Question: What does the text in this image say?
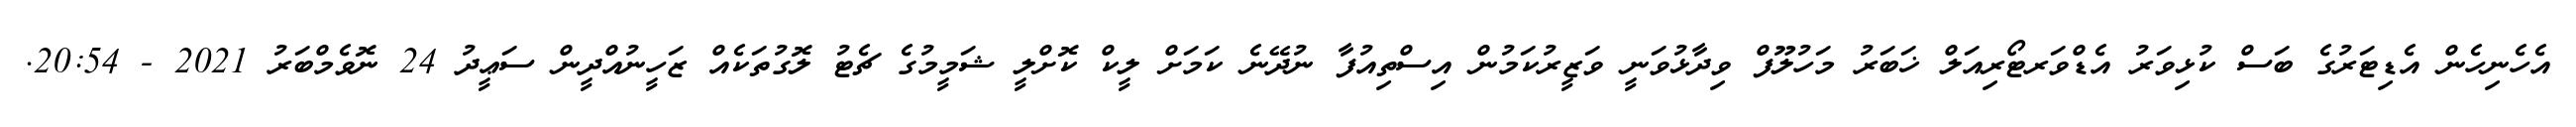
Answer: އެހެނިހެން އެޑިޓަރުގެ ބަސް ކުޅިވަރު އެޑްވަރޓޯރިއަލް ޚަބަރު މަހުލޫފް ވިދާޅުވަނީ ވަޒީރުކަމުން އިސްތިއުފާ ނުދޭނެ ކަމަށް ލީކް ކޮށްލީ ޝަމީމުގެ ޗެޓު ލޮގުތަކެއް ޒަހީނުއްދީން ސަޢީދު 24 ނޮވެމްބަރު 2021 - 20:54.